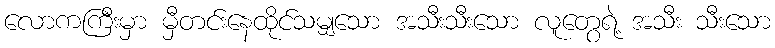
လောကကြီးမှာ မှီတင်းနေထိုင်သမျှသော အသီးသီးသော လူတွေရဲ့ အသီး သီးသော